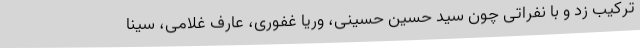
ترکیب زد و با نفراتی چون سید حسین حسینی، وریا غفوری، عارف غلامی، سینا